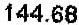
144.68